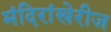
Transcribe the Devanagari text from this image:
मंदिरांखेरीज